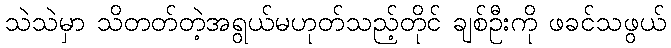
သဲသဲမှာ သိတတ်တဲ့အရွယ်မဟုတ်သည့်တိုင် ချစ်ဦးကို ဖခင်သဖွယ်